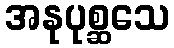
အနုပုစ္ဆသေ